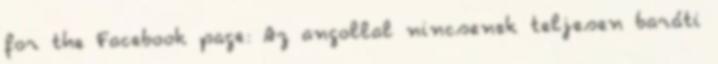
for the Facebook page: Az angollal nincsenek teljesen baráti